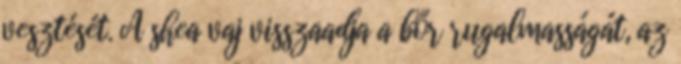
vesztését. A shea vaj visszaadja a bőr rugalmasságát, az